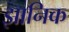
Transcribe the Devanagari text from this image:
झानिक